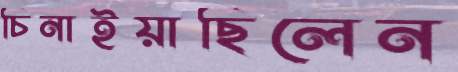
চিনাইয়াছিলেন